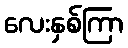
လေးနှစ်ကြာ